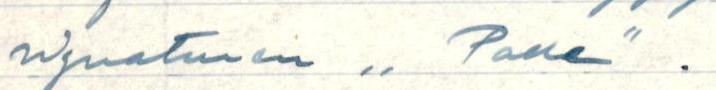
signaturen ,,Palle".